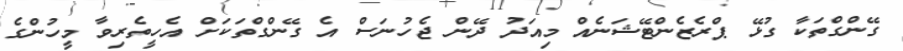
ގޭންގްތަކާ ގުޅޭ ޕްރެޒެންޓޭޝަނެއް މިއަދު ދޭން ޖެހުނަސް އެ ގޭންގްތަކަށް އެހީތެރިވާ މީހުންގެ